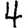
Digit: 4